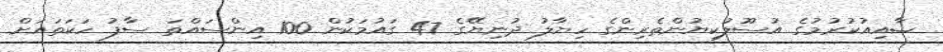
ޝާއިއުކުރުމުގެ އުސޫލުކިޔުންތެރިންގެ ހިޔާލު ދުނިޔޭގެ 47 ގައުމަކުން 100 އިންސައްތަ ސާފު ހަކަތައަށް